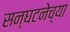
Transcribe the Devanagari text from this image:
सन्घटनेच्या